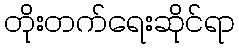
တိုးတက်ရေးဆိုင်ရာ